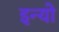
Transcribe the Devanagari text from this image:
इन्यो